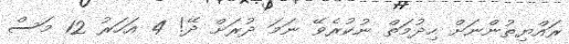
ރައްޔިތުންނަށް ހިދުމަތް ނުކުރެވޭ ނަމަ ދުރަށް ދޭ! 4 އަހަރު 12 މަސް